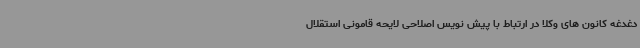
دغدغه کانون های وکلا در ارتباط با پیش نویس اصلاحی لایحه قامونی استقلال